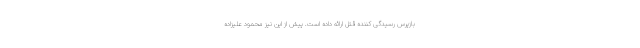
بازپرس رسیدگی کننده قتل ارائه داده است. پیش از این نیز محمود علیزاده